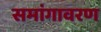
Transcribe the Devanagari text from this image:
समांगावरण